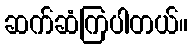
ဆက်ဆံကြပါတယ်။